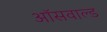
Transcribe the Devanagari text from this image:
ऑसवाल्ड